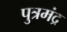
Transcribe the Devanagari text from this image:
पुत्रमंद्र